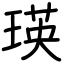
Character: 瑛